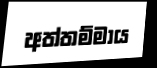
අත්තම්මාය